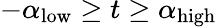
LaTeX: -\alpha_{\mathrm{low}}\geq t\geq\alpha_{\mathrm{high}}